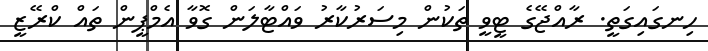
ހިނގައިގަތީ. ރާއްޖޭގެ ޓީވީ ތަކުން މިސަރުކާރު ވައްޓާލަން ގޮވާ އެމްޕީން ތައް ކްރޭޒީ